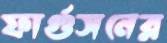
ফার্গুসনের